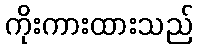
ကိုးကားထားသည်